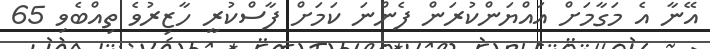
އޭނާ އެ މަގާމަށް އައްޔަންކުރަން ފެންނަ ކަމަށް ފާސްކުރީ ހާޒިރުވެ ތިއްބެވި 65